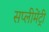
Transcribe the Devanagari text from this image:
सप्लीमेंट्री